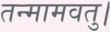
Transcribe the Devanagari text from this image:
तन्मामवतु।